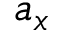
a _ { x }